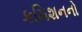
કમિશનનો